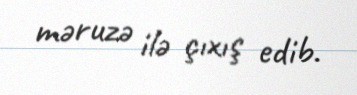
məruzə ilə çıxış edib.